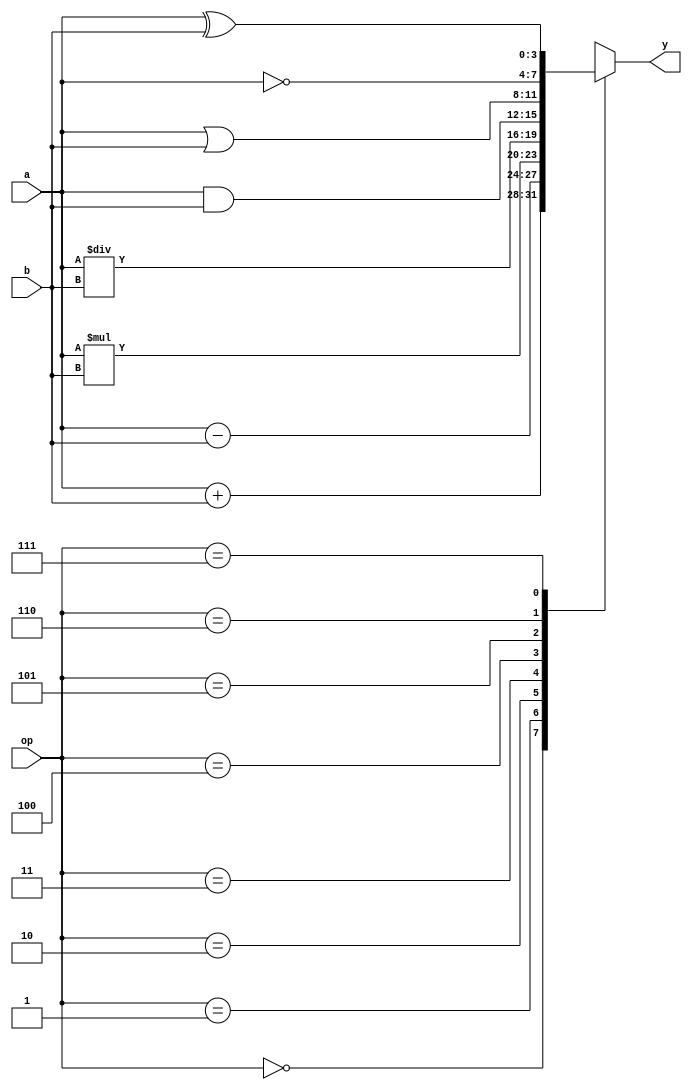
`timescale 1ns / 1ps
//////////////////////////////////////////////////////////////////////////////////
// Company: 
// Engineer: 
// 
// Design Name: 
// Module Name: SimpleALU
// Project Name: 
// Target Devices: 
// Tool Versions: 
// Description: 
// 
// Dependencies: 
// 
// Revision:
// Revision 0.01 - File Created
// Additional Comments:
// 
//////////////////////////////////////////////////////////////////////////////////


module SimpleALU(
    input [3:0]a,
    input [3:0]b,
    input [2:0]op,
    output reg[3:0]y
    );
    always@(a or b or op)begin
        case(op)
        3'b000:y=a+b;
        3'b001:y=a-b;
        3'b010:y=a*b;
        3'b011:y=a/b;
        3'b100:y=a&b;
        3'b101:y=a|b;
        3'b110:y=~a;
        3'b111:y=a^b;
        endcase
    end    
endmodule